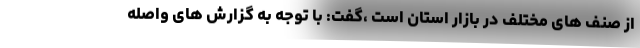
از صنف های مختلف در بازار استان است ،گفت: با توجه به گزارش های واصله‌